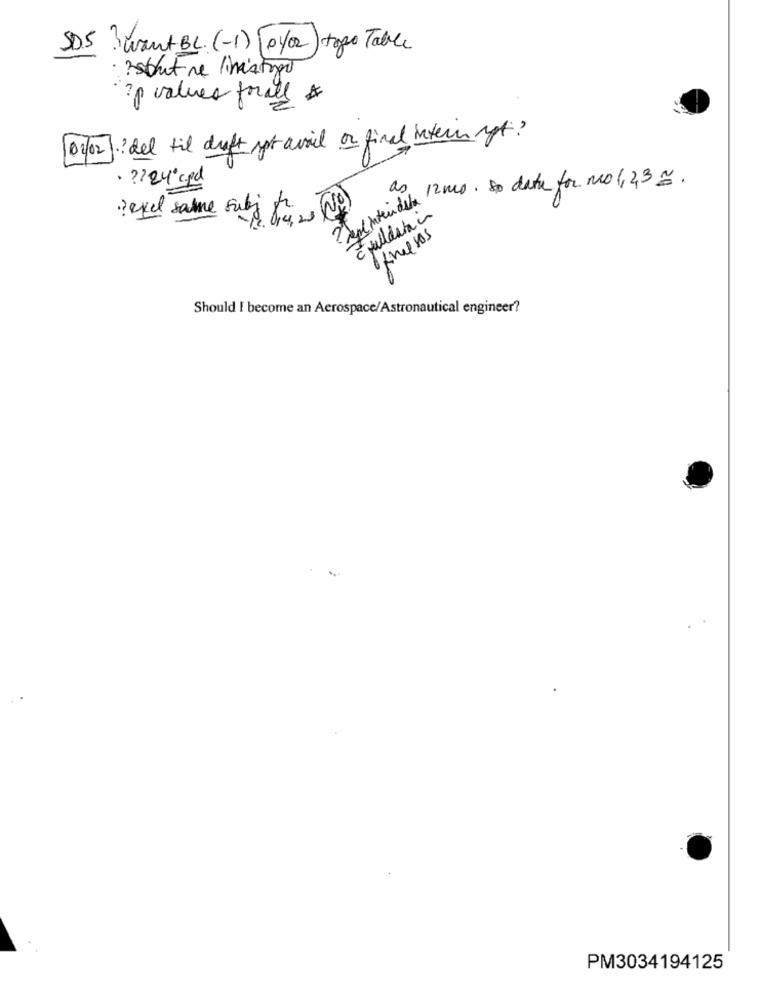
SDS want BL. (-1) [0/02) togo Table
· Istut ne linistogo
?p values forall &
02/02] del til draft not avril or final intern gt ?
0
· ? 24º cpd
Incintevidste Times . to date for no (, 2,3 2 .
as
texel samme subj for
Efulldata in
fineesos
Should I become an Aerospace/Astronautical engineer?
PM3034194125